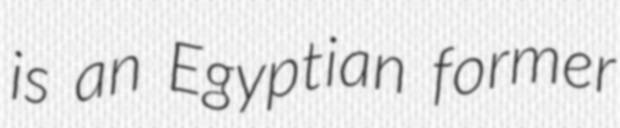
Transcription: is an Egyptian former